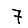
Digit: 7